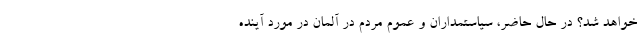
خواهد شد؟ در حال حاضر، سیاستمداران و عموم مردم در آلمان در مورد آینده